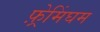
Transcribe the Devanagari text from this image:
फ़्रेमिंघम